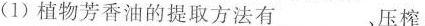
(1) 植物芳香油的提取方法有 ___,压榨